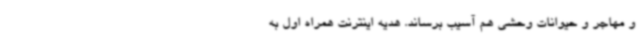
و مهاجر و حیوانات وحشی هم آسیب برساند. هدیه اینترنت همراه اول به